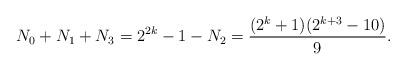
LaTeX: \begin{align*}N_0+N_1+N_3=2^{2k}-1-N_2=\frac{(2^k+1)(2^{k+3}-10)}{9}.\end{align*}